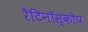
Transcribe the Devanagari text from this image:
रैटिनॉस्कोप